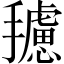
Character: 𱡆